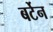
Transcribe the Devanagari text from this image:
बर्टेन